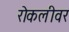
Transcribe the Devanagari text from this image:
रोकलीवर